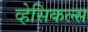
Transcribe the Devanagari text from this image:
व्हेसिकल्स